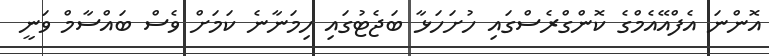
އޮންނަ އެފްއޭއެމްގެ ކޮންގްރެސްގައި ހުށަހަޅާ ބަޖެޓުގައި ހިމަނާނެ ކަމަށް ވެސް ބައްސާމް ވަނީ